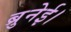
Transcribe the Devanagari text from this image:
ब्रुनेई।